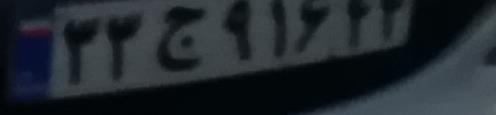
۳۳ج۹۱۶۴۴